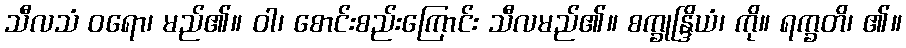
သီလသံ ဝရော၊ မည်၏။ ဝါ၊ စောင်းစည်းကြောင်း သီလမည်၏။ စက္ခုန္ဒြိယံ၊ ကို။ ရက္ခတိ၊ ၏။